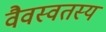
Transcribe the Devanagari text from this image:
वैवस्वतस्य